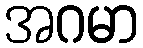
အဂမာ